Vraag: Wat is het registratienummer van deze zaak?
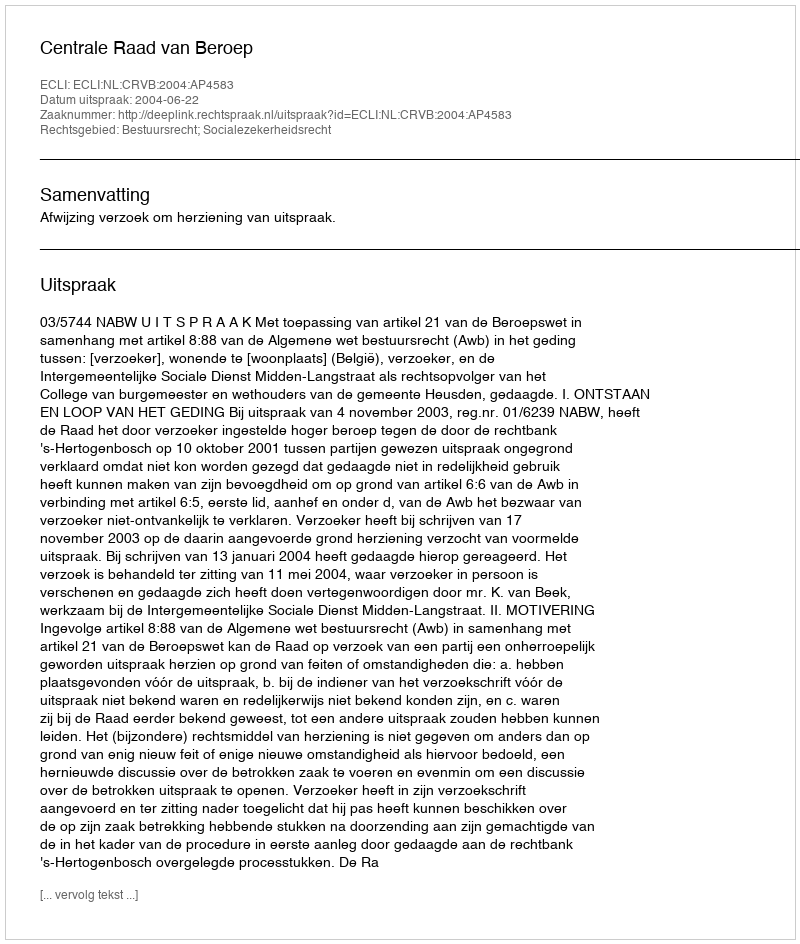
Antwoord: http://deeplink.rechtspraak.nl/uitspraak?id=ECLI:NL:CRVB:2004:AP4583